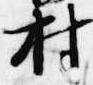
村